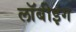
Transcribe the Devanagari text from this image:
लॉबीइंग